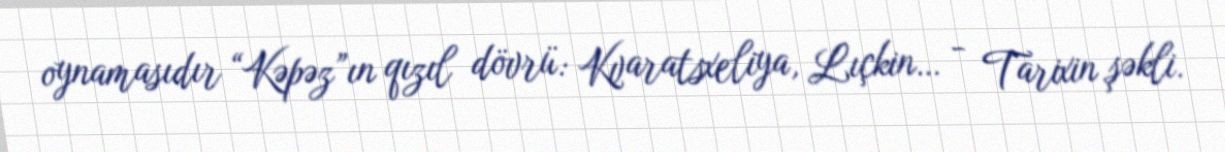
oynamasıdır “Kəpəz”ın qızıl dövrü: Kvaratsxeliya, Lıçkin… - Tarixin şəkli.